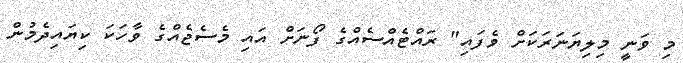
މި ވަނީ މިލިޔަނަރަކަށް ވެފައި" ރައްޓެއްސެއްގެ ފޯނަށް އައި މެސެޖެއްގެ ވާހަކަ ކިޔައިދެމުން